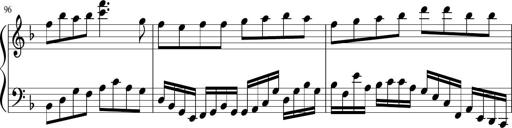
Title: Sonatina in F major
Composer: Ethan Ngo
Key: F major